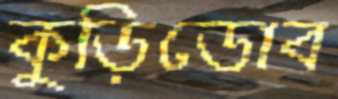
কুড়িডোব